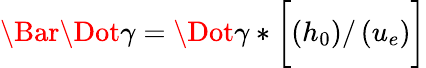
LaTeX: \Bar{\Dot{\gamma}}=\Dot{\gamma}*\biggl[\left(h_{0}\right)/\left(u_{e}\right)\biggr]